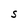
Character: S